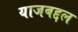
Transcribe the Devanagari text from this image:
याजबद्दल